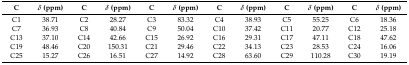
<table><thead><tr><td><b>C</b></td><td><b><i>δ</i> (ppm)</b></td><td><b>C</b></td><td><b><i>δ</i> (ppm)</b></td><td><b>C</b></td><td><b><i>δ</i> (ppm)</b></td><td><b>C</b></td><td><b><i>δ</i> (ppm)</b></td><td><b>C</b></td><td><b><i>δ</i> (ppm)</b></td><td><b>C</b></td><td><b><i>δ</i> (ppm)</b></td></tr></thead><tbody><tr><td>C1</td><td>38.71</td><td>C2</td><td>28.27</td><td>C3</td><td>83.32</td><td>C4</td><td>38.93</td><td>C5</td><td>55.25</td><td>C6</td><td>18.36</td></tr><tr><td>C7</td><td>36.93</td><td>C8</td><td>40.84</td><td>C9</td><td>50.04</td><td>C10</td><td>37.42</td><td>C11</td><td>20.77</td><td>C12</td><td>25.18</td></tr><tr><td>C13</td><td>37.10</td><td>C14</td><td>42.66</td><td>C15</td><td>26.92</td><td>C16</td><td>29.31</td><td>C17</td><td>47.11</td><td>C18</td><td>47.62</td></tr><tr><td>C19</td><td>48.46</td><td>C20</td><td>150.31</td><td>C21</td><td>29.46</td><td>C22</td><td>34.13</td><td>C23</td><td>28.53</td><td>C24</td><td>16.06</td></tr><tr><td>C25</td><td>15.27</td><td>C26</td><td>16.51</td><td>C27</td><td>14.92</td><td>C28</td><td>63.60</td><td>C29</td><td>110.28</td><td>C30</td><td>19.19</td></tr></tbody></table>